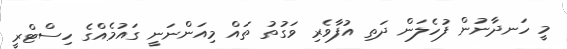
މީ ހަނދާނުން ފުހެލަން ދަތި އުފާވެރި ވަގުތު ތައް މިއަންނަނީ ގައުމެއްގެ ހިސްޓްރީ